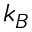
k _ { B }